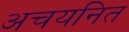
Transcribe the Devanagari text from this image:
अचयनित